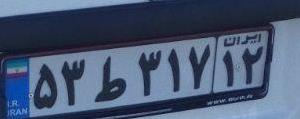
۵۳ط۳۱۷۱۲